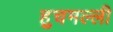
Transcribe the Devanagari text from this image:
हुचमल्ली